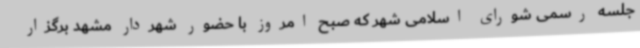
جلسه رسمی شورای اسلامی شهر که صبح امروز با حضور شهردار مشهد برگزار